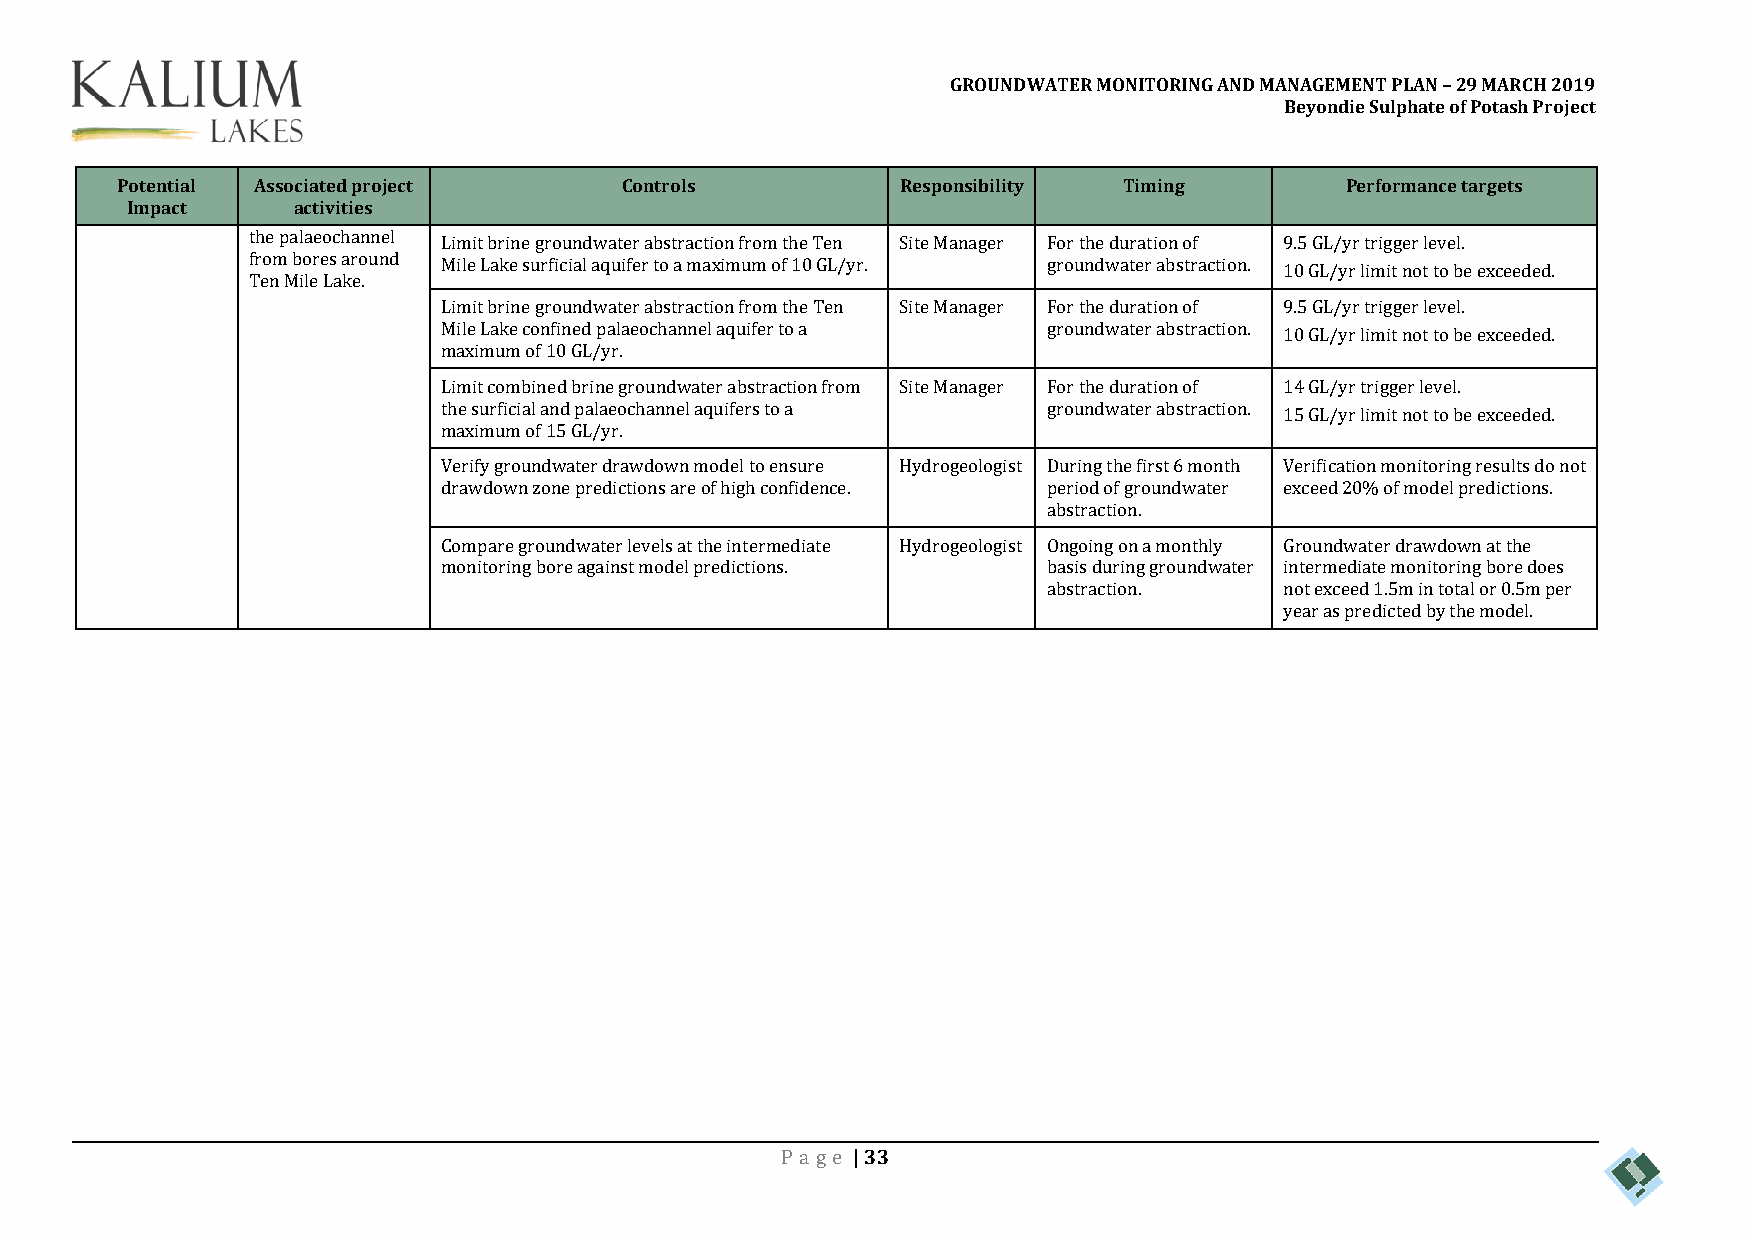
GROUNDWATER MONITORING AND MANAGEMENT PLAN – 29 MARCH 2019
 Beyondie Sulphate of Potash Project
 Potential Associated project     Controls           Responsibility Timing        Performance targets
 Impact     activities
 the palaeochannel Limit brine groundwater abstraction from the Ten Site Manager For the duration of 9.5 GL/yr trigger level.
 from bores around Mile Lake surficial aquifer to a maximum of 10 GL/yr. groundwater abstraction. 10 GL/yr limit not to be exceeded.
 Ten Mile Lake.
 Limit brine groundwater abstraction from the Ten Site Manager For the duration of 9.5 GL/yr trigger level.
 Mile Lake confined palaeochannel aquifer to a groundwater abstraction. 10 GL/yr limit not to be exceeded.
 maximum of 10 GL/yr.
 Limit combined brine groundwater abstraction from Site Manager For the duration of 14 GL/yr trigger level.
 the surficial and palaeochannel aquifers to a groundwater abstraction.
 15 GL/yr limit not to be exceeded.
 maximum of 15 GL/yr.
 Verify groundwater drawdown model to ensure Hydrogeologist During the first 6 month Verification monitoring results do not
 drawdown zone predictions are of high confidence. period of groundwater exceed 20% of model predictions.
 abstraction.
 Compare groundwater levels at the intermediate Hydrogeologist Ongoing on a monthly Groundwater drawdown at the
 monitoring bore against model predictions. basis during groundwater intermediate monitoring bore does
 abstraction.    not exceed 1.5m in total or 0.5m per
 year as predicted by the model.
 Pa ge | 33